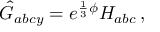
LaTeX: \hat { G } _ { a b c y } = e ^ { \frac { 1 } { 3 } \phi } H _ { a b c } \, ,